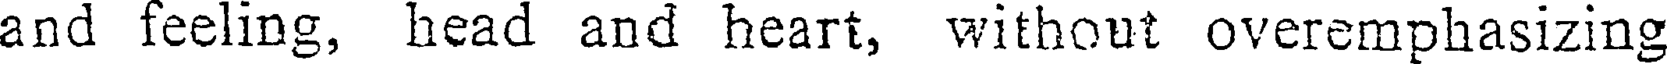
and feeling, head and heart, without overemphasizing